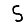
Digit: 5